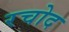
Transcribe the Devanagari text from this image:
रचोद